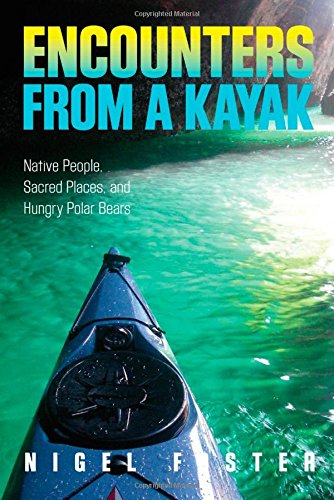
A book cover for Encounters from a Kayak: Native People, Sacred Places, And Hungry Polar Bears; Nigel Foster; Sports & Outdoors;